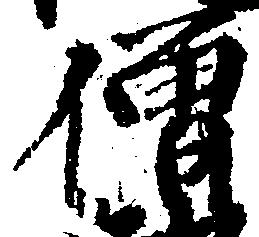
僧